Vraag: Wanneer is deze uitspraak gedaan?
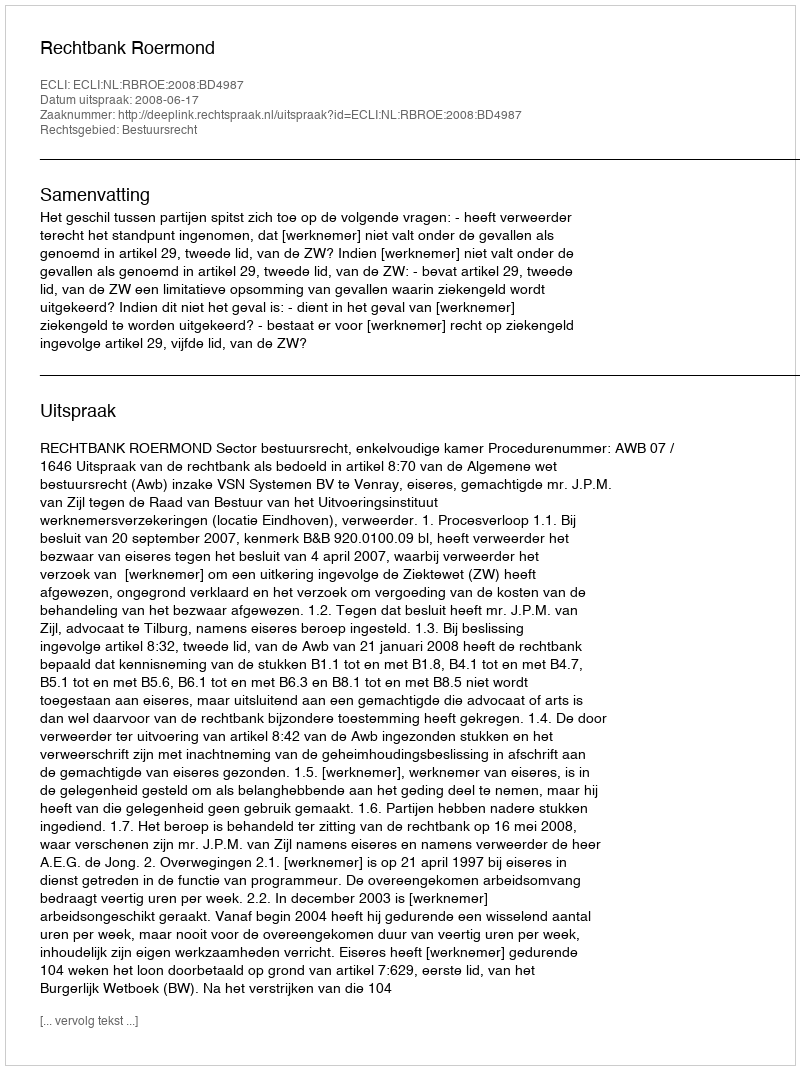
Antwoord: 2008-06-17